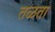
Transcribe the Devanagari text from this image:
तळता